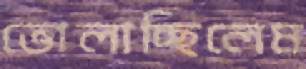
ভোলাচ্ছিলেম